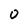
Character: 0